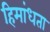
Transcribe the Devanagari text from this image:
हिमांधता